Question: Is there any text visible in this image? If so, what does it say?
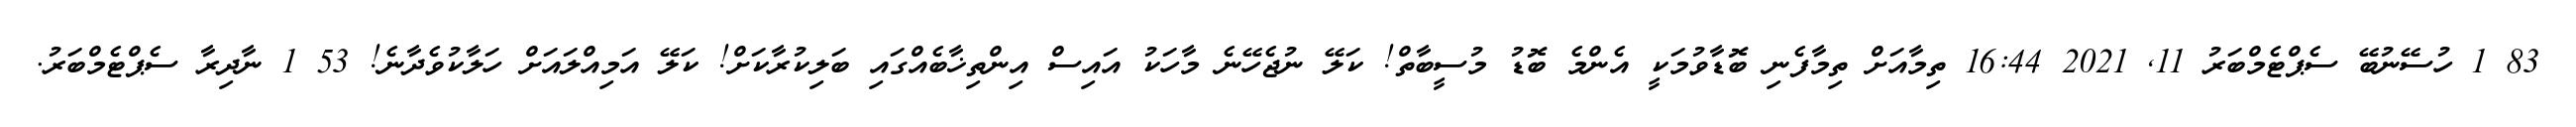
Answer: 83 1 ހުސޭނުބޭ ސެޕްޓެމްބަރު 11, 2021 16:44 ތިމާއަށް ތިމާފެނި ބޮޑާވުމަކީ އެންމެ ބޮޑު މުސީބާތް! ކަލޭ ނުޖެހޭނެ މާހަކު އައިސް އިންތިޚާބެއްގައި ބަލިކުރާކަށް! ކަލޭ އަމިއްލައަށް ހަލާކުވެދާނެ! 53 1 ނާދިރާ ސެޕްޓެމްބަރު.